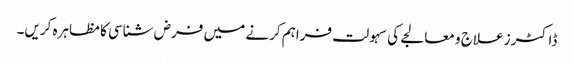
ڈاکٹرز علاج و معالجے کی سہولت فراہم کرنے میں فرض شناسی کا مظاہرہ کریں۔